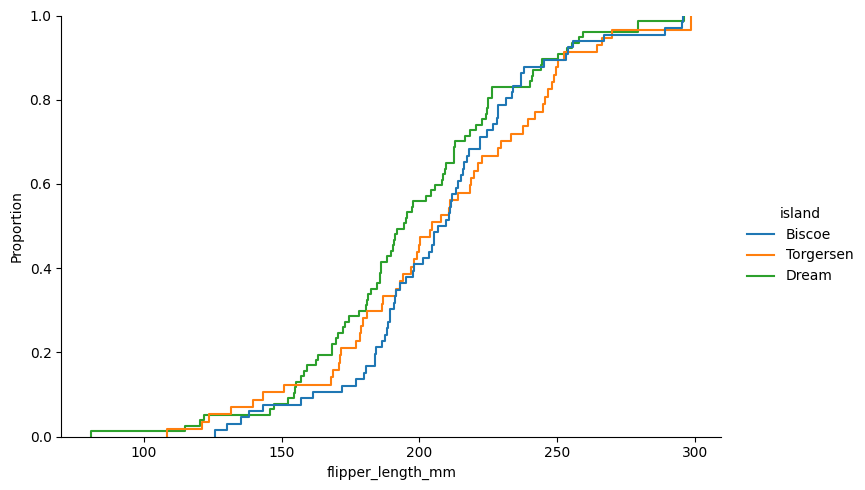
python, seaborn, displot, kind='ecdf', column='flipper_length_mm', hue='island', height=5, aspect=1.5